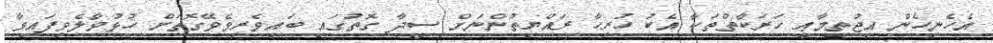
އެހެނިހެން އިޖުތިމާޢީ ހަރަކާތްތަކާ އެކު ހުރިހާ ރައްޔިތުންނަށް ސީދާ ގޮތުގައި ބައިވެރިވެވޭގޮތަށް ހުޅުވާލެވިފައިވާ